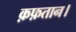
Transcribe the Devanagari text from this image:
क़फ़तान।